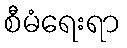
စီမံရေးရာ